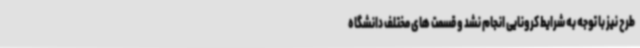
طرح نیز با توجه به شرایط کرونایی انجام نشد و قسمت های مختلف دانشگاه